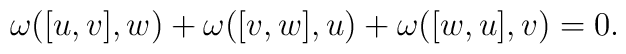
\omega ([u,v], w) +\omega ([v,w], u)+\omega ([w,u], v)= 0.